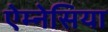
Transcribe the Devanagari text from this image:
ऐम्नेसिया